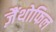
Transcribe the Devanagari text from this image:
ज़ैंथोफिल